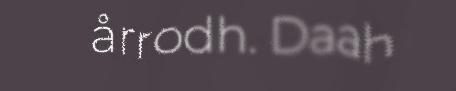
årrodh. Daah